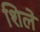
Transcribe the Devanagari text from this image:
शिले